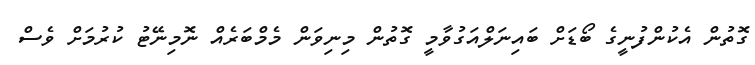
ގޮތުން އެކުންފުނީގެ ބޯޑަށް ބައިނަލްއަގުވާމީ ގޮތުން މިނިވަން މެމްބަރެއް ނޮމިނޭޓު ކުރުމަށް ވެސް